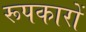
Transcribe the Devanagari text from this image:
रूपकारों